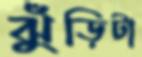
ঝুঁড়িটা